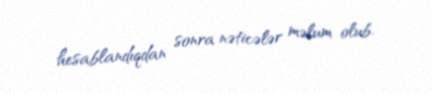
hesablandıqdan sonra nəticələr məlum olub.